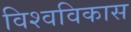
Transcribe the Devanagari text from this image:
विश्वविकास